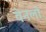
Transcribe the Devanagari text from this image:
वेनलो